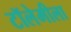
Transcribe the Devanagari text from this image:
टॉलेमीला